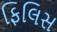
ફિલિસ